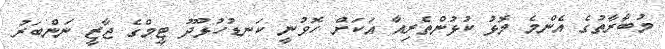
މުބާރާތުގެ އެންމެ މޮޅު ކުޅުންތެރިއާ އަކަށް ހޮވުނީ ކަނޑުހުޅުދޫ ޓީމްގެ ޖާޒީ ނަންބަރު